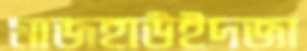
মাজহাউইদজা